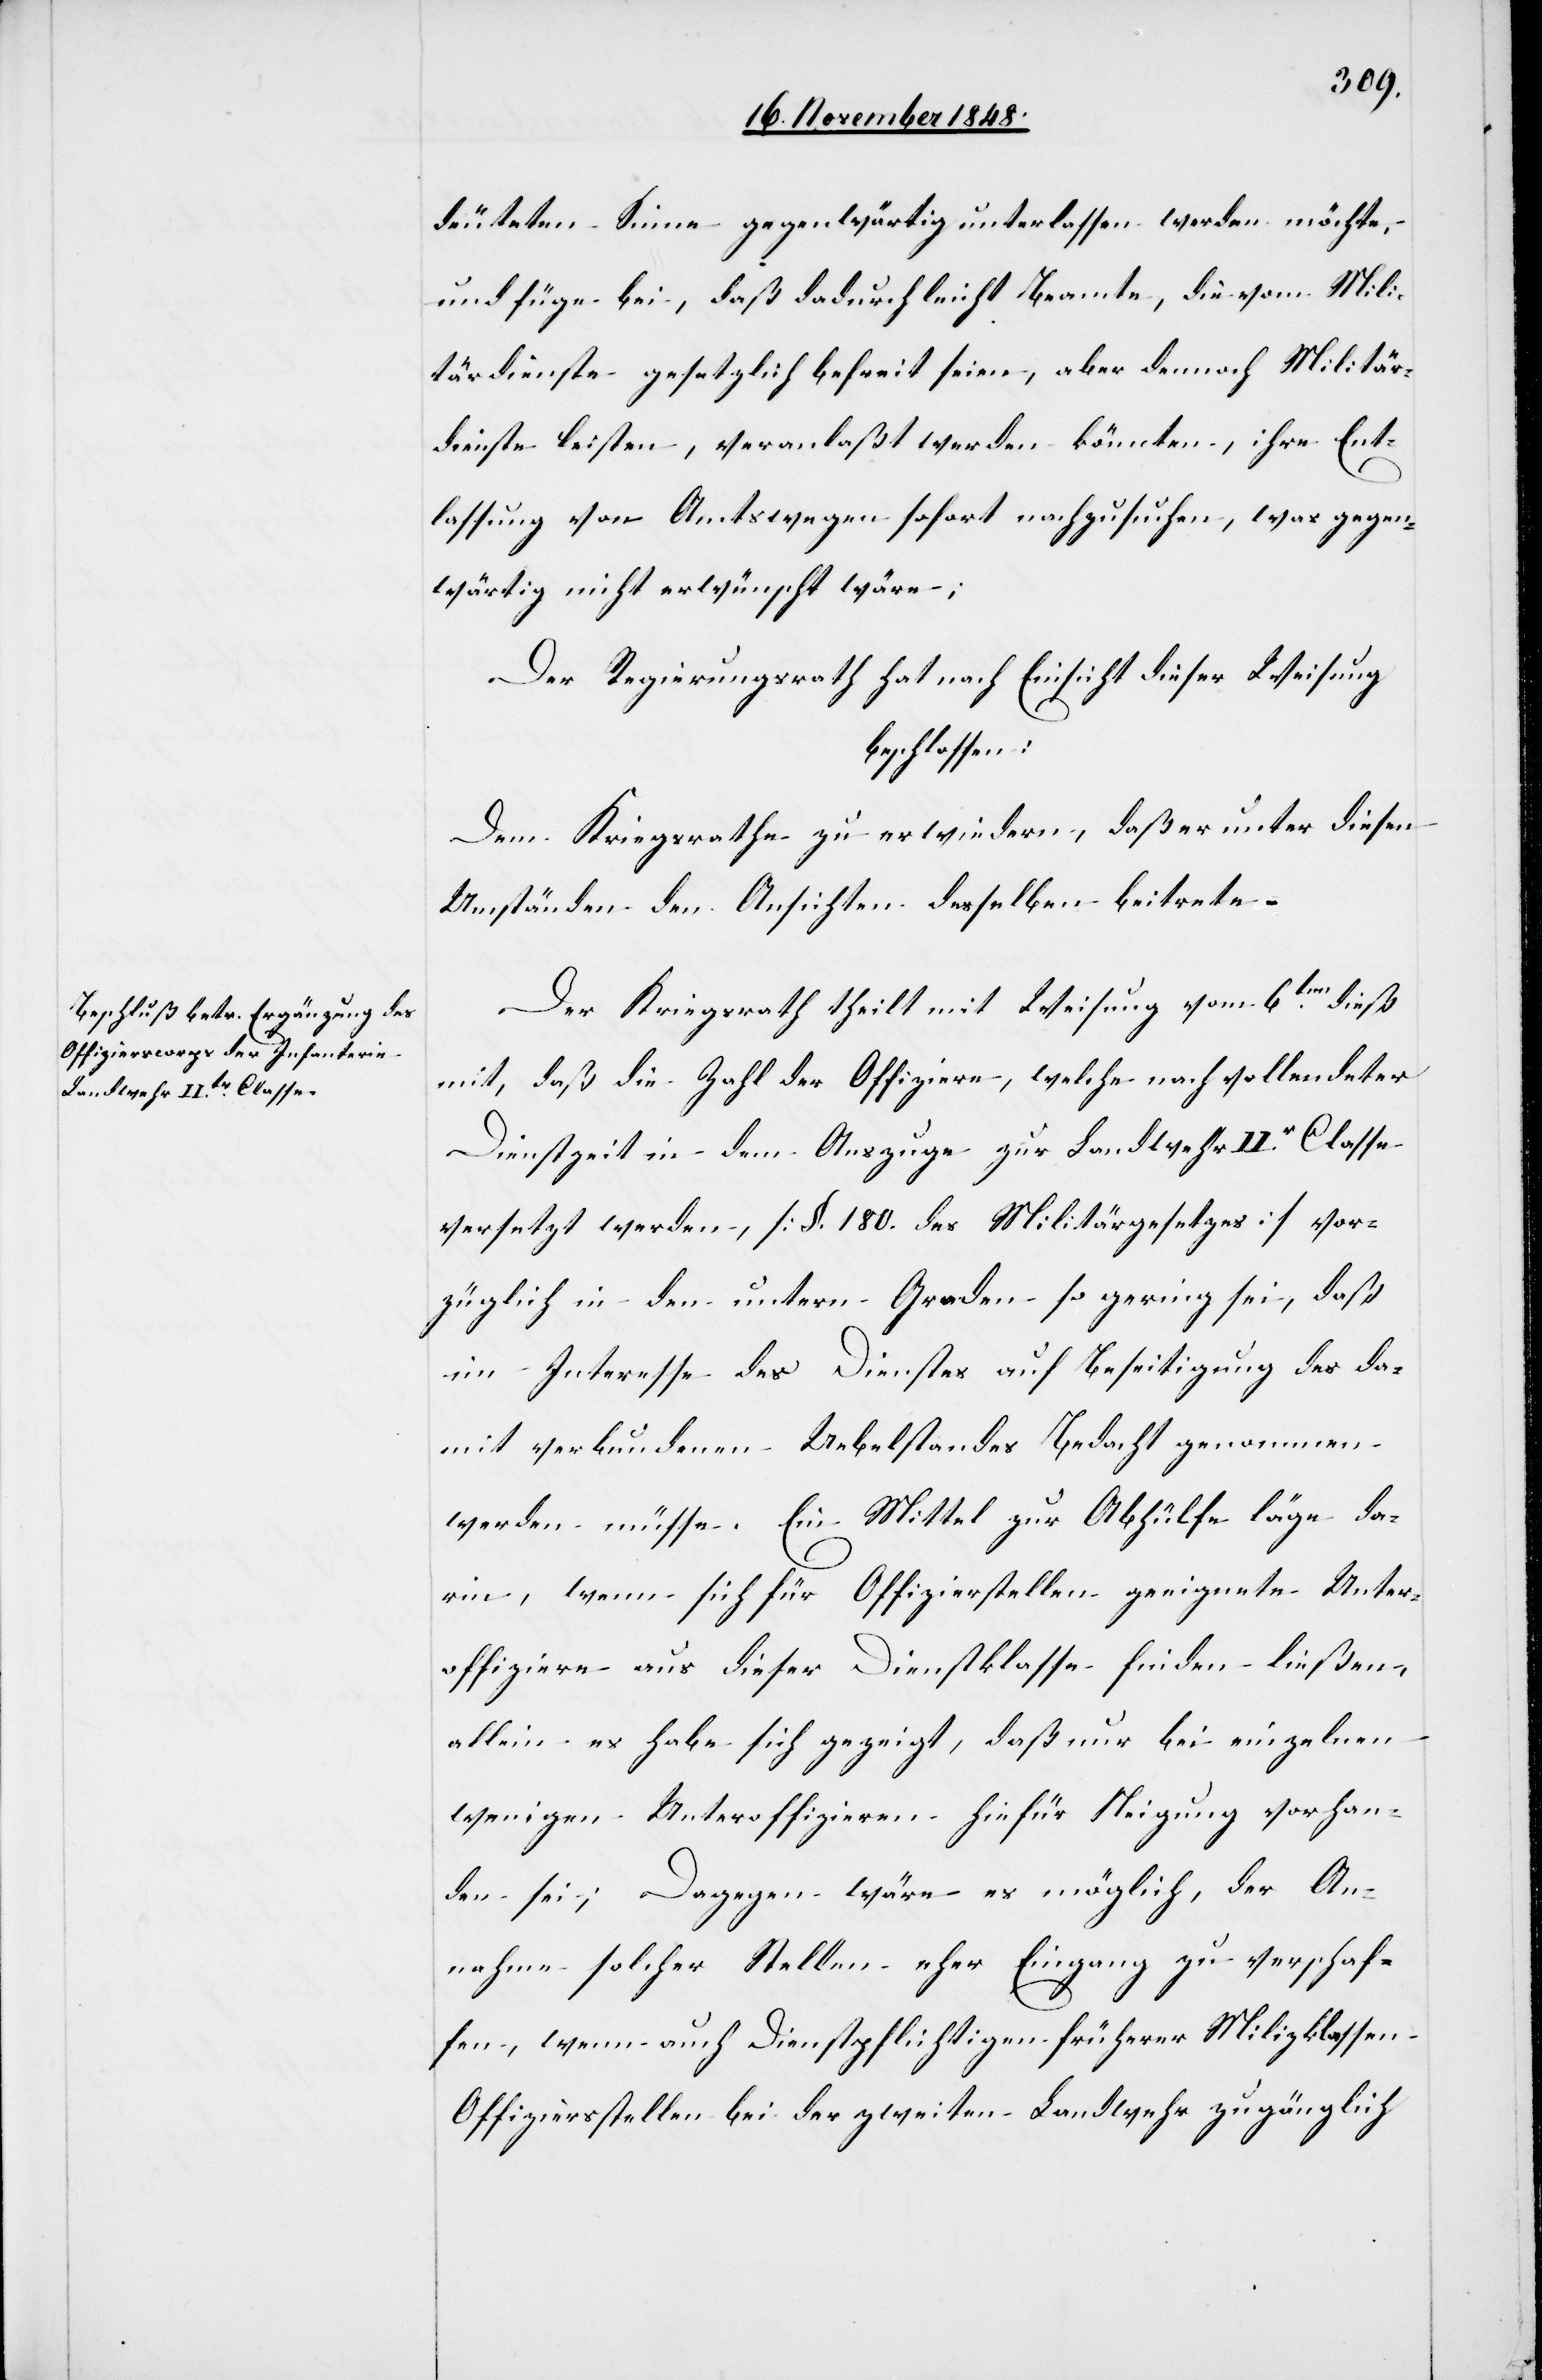
deuteten Sinne gegenwärtig unterlassen werden möchte,
und füge bei, daß dadurch leicht Beamte, die vom Mili¬
tärdienste gesetzlich befreit seien, aber dennoch Militär¬
dienste leisten, veranlaßt werden könnten, ihre Ent¬
lassung von Amtswegen sofort nachzusuchen, was gegen¬
wärtig nicht erwünscht wäre;
Der Regierungsrath hat nach Einsicht dieser Weisung
beschlossen:
Dem Kriegsrathe zu erwiedern, daß er unter diesen
Umständen den Ansichten derselben beitrete.
Der Kriegsrath theilt mit Weisung vom 6ten dieß
mit, daß die Zahl der Offiziere, welche nach vollendeter
Dienstzeit in dem Auszuge zur Landwehr IIr Classe
versetzt werden, [§. 180. des Militärgesetzes] vor¬
züglich in den untern Graden so gering sei, daß
im Interesse des Dienstes auf Beseitigung des da¬
mit verbundenen Uebelstandes Bedacht genommen
werden müsse. Ein Mittel zur Abhülfe läge da¬
rin, wenn sich für Offizierstellen geeignete Unter¬
offiziere aus dieser Dienstklasse finden ließen,
allein es habe sich gezeigt, daß nur bei einzelnen
wenigen Unteroffizieren hiefür Neigung vorhan¬
den sei; Dagegen wäre es möglich, der An¬
nahme solcher Stellen eher Eingang zu verschaf¬
fen, wenn auch Dienstpflichtigen früherer Milizklassen
Offiziersstellen bei der zweiten Landwehr zugänglich